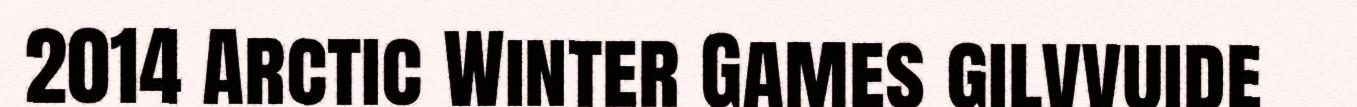
2014 Arctic Winter Games gilvvuide